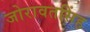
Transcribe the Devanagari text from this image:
जोरावतसिंह